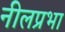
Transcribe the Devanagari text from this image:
नीलप्रभा